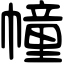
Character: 幢